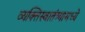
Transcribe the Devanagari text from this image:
व्यक्तिस्वातंत्र्यामध्ये